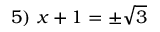
5 ) \ x + 1 = \pm { \sqrt { 3 } }